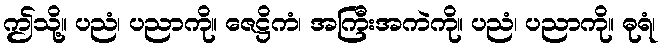
ဤသို့။ ပညံ၊ ပညာကို။ ဇေဋ္ဌိကံ၊ အကြီးအကဲကို။ ပညံ၊ ပညာကို။ ဓုရံ၊